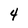
Character: 4